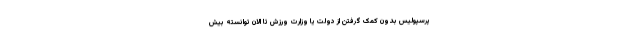
پرسپولیس بدون کمک گرفتن از دولت یا وزارت ورزش تا الان توانسته بیش